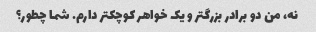
نه، من دو برادر بزرگتر و یک خواهر کوچکتر دارم. شما چطور؟